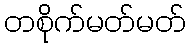
တစိုက်မတ်မတ်